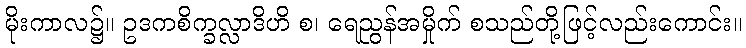
မိုးကာလ၌။ ဥဒကစိက္ခလ္လာဒိဟိ စ၊ ရေညွန်အမှိုက် စသည်တို့ဖြင့်လည်းကောင်း။